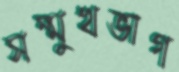
সম্মুখভাগ